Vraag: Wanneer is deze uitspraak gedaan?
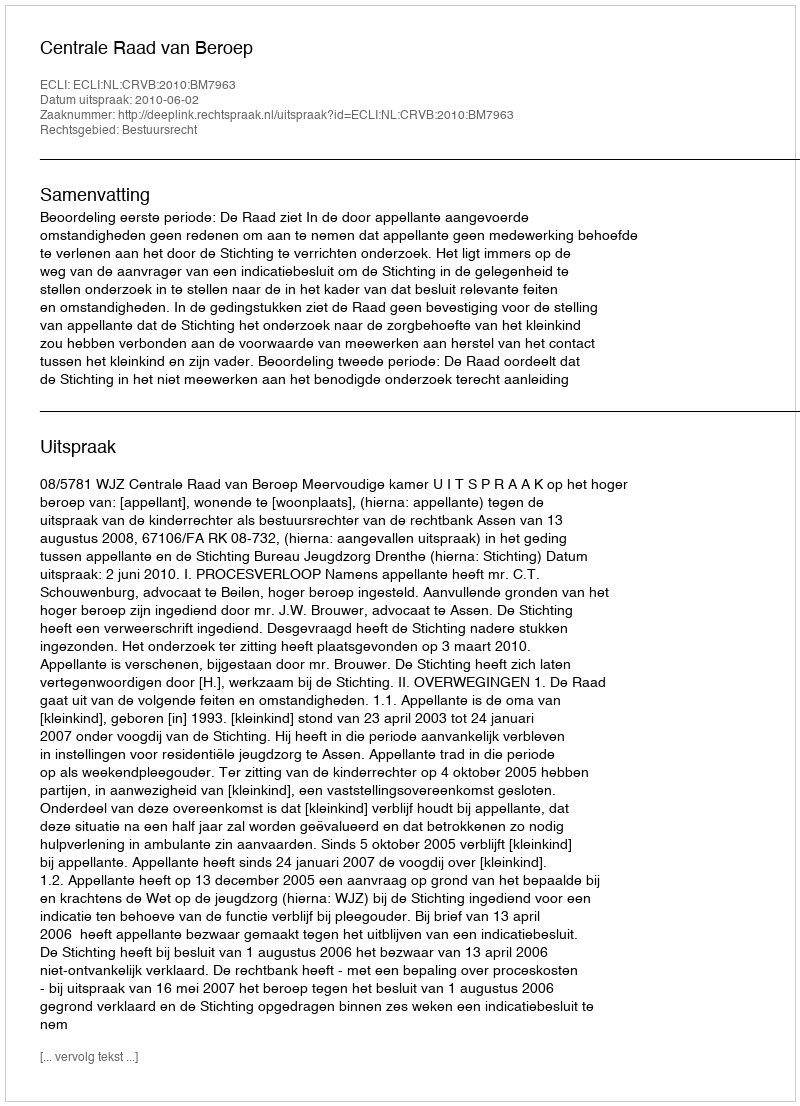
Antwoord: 2010-06-02